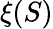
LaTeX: \xi(S)